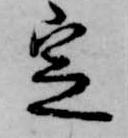
定